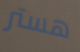
هستر